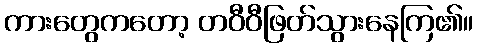
ကားတွေကတော့ တဝီဝီဖြတ်သွားနေကြ၏။